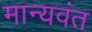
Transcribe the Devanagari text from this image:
मान्यवंत